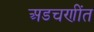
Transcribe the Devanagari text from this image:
अडचणींत